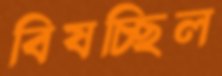
বিষচ্ছিল